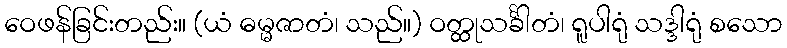
ဝေဖန်ခြင်းတည်း။ (ယံ ဓမ္မဇာတံ၊ သည်။) ဝတ္ထုသင်္ခါတံ၊ ရူပါရုံ သဒ္ဒါရုံ စသော